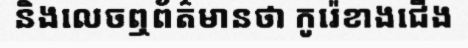
និងលេចឮព័ត៌មានថា កូរ៉េខាងជើង